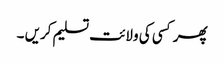
پھر کسی کی ولائت تسلیم کریں ۔